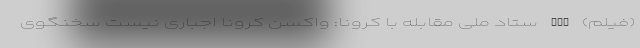
(فیلم) nan ستاد ملی مقابله با کرونا: واکسن کرونا اجباری نیست سخنگوی